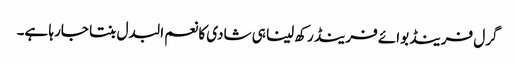
گرل فرینڈ بوائے فرینڈ رکھ لینا ہی شادی کا نعم البدل بنتا جارہا ہے۔